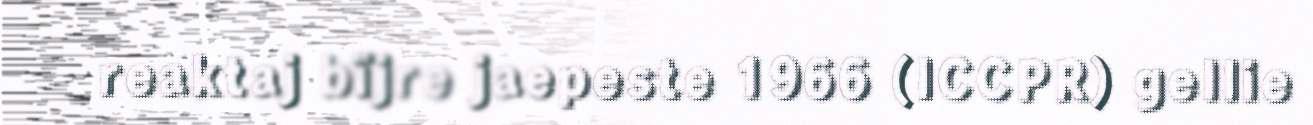
reaktaj bïjre jaepeste 1966 (ICCPR) gellie